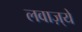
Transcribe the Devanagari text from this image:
लवाज़्ये